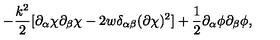
- \frac { k ^ { 2 } } { 2 } [ \partial _ { \alpha } \chi \partial _ { \beta } \chi - 2 w \delta _ { \alpha \beta } ( \partial \chi ) ^ { 2 } ] + \frac { 1 } { 2 } \partial _ { \alpha } \phi \partial _ { \beta } \phi ,